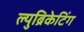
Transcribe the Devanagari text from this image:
ल्युब्रिकेटिंग